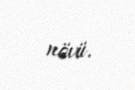
növü.